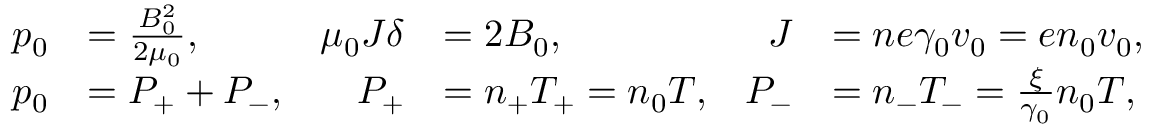
\begin{array} { r l r l r l } { p _ { 0 } } & { = \frac { B _ { 0 } ^ { 2 } } { 2 \mu _ { 0 } } , } & { \mu _ { 0 } J \delta } & { = 2 B _ { 0 } , } & { J } & { = n e \gamma _ { 0 } v _ { 0 } = e n _ { 0 } v _ { 0 } , } \\ { p _ { 0 } } & { = P _ { + } + P _ { - } , } & { P _ { + } } & { = n _ { + } T _ { + } = n _ { 0 } T , } & { P _ { - } } & { = n _ { - } T _ { - } = \frac { \xi } { \gamma _ { 0 } } n _ { 0 } T , } \end{array}